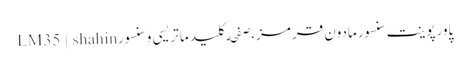
پاورپوینت سنسورمادون قرمز،صفحه کلید ماتریسی و سنسورLM35 | shahin